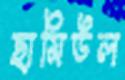
ছামিউল